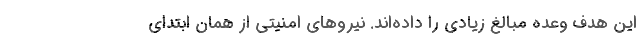
این هدف وعده مبالغ زیادی را داده‌اند. نیروهای امنیتی از همان ابتدای